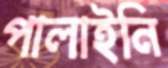
পালাইনি